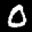
Label: 0